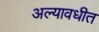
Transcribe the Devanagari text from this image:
अल्यावधीत